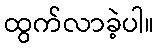
ထွက်လာခဲ့ပါ။